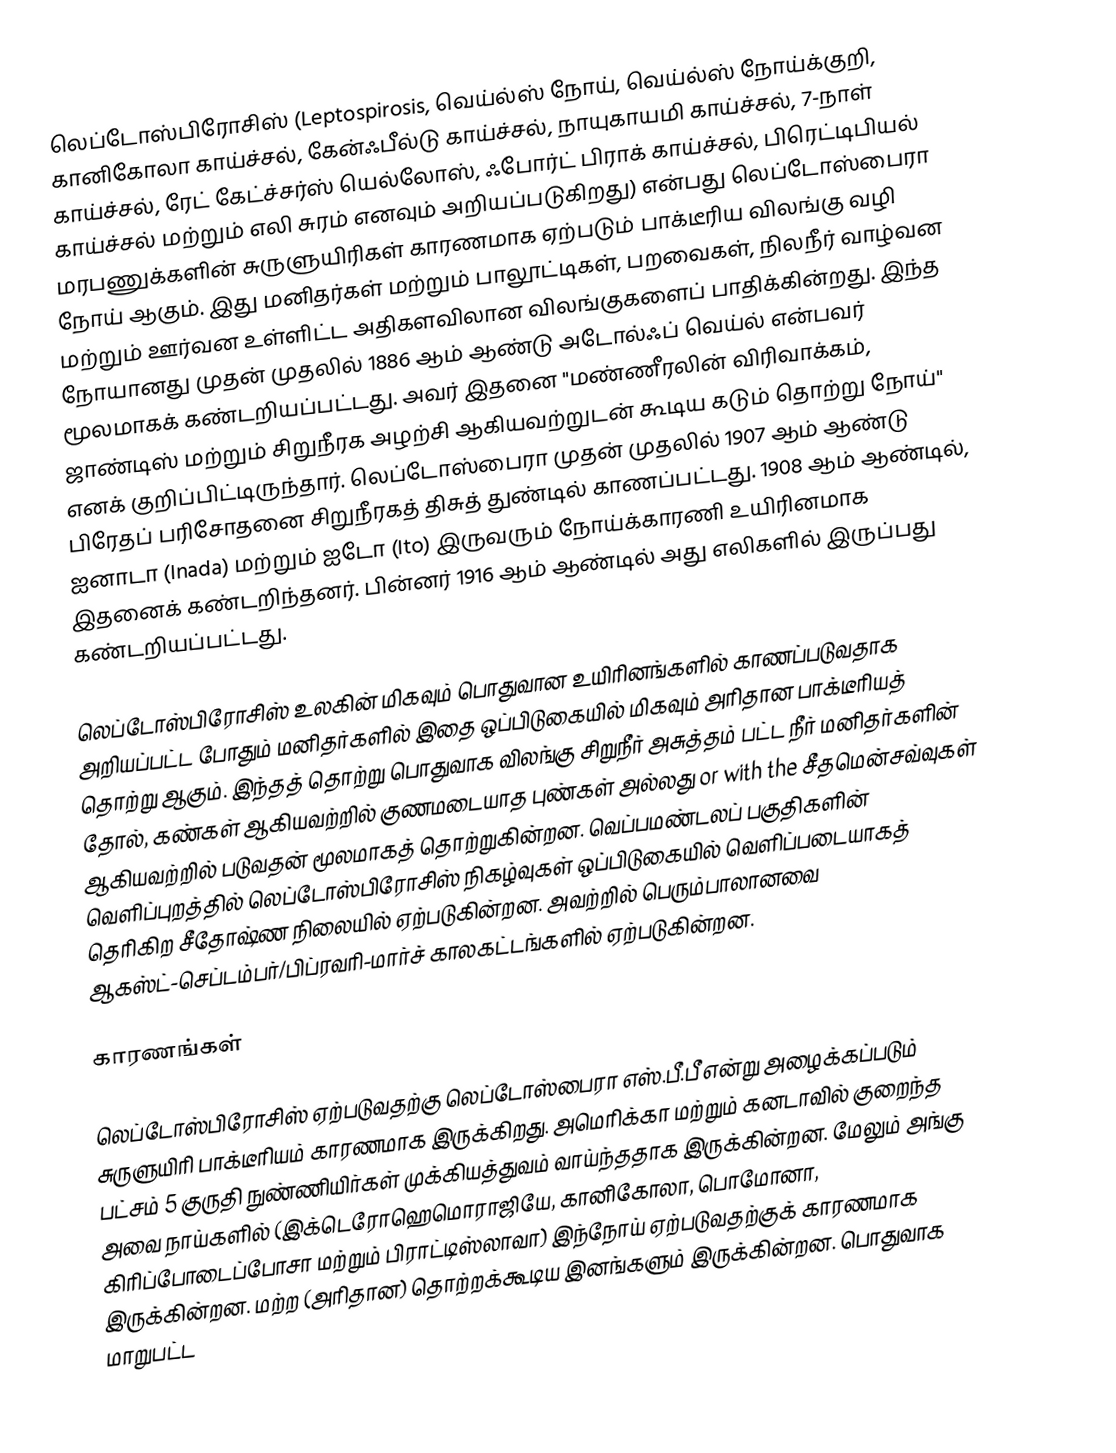
லெப்டோஸ்பிரோசிஸ் (Leptospirosis, வெய்ல்ஸ் நோய், வெய்ல்ஸ் நோய்க்குறி, கானிகோலா காய்ச்சல், கேன்ஃபீல்டு காய்ச்சல், நாயுகாயமி காய்ச்சல், 7-நாள் காய்ச்சல், ரேட் கேட்ச்சர்ஸ் யெல்லோஸ், ஃபோர்ட் பிராக் காய்ச்சல், பிரெட்டிபியல் காய்ச்சல் மற்றும் எலி சுரம்  எனவும் அறியப்படுகிறது) என்பது லெப்டோஸ்பைரா மரபணுக்களின் சுருளுயிரிகள் காரணமாக ஏற்படும் பாக்டீரிய விலங்கு வழி நோய் ஆகும். இது மனிதர்கள் மற்றும் பாலூட்டிகள், பறவைகள், நிலநீர் வாழ்வன மற்றும் ஊர்வன உள்ளிட்ட அதிகளவிலான விலங்குகளைப் பாதிக்கின்றது. இந்த நோயானது முதன் முதலில் 1886 ஆம் ஆண்டு அடோல்ஃப் வெய்ல் என்பவர் மூலமாகக் கண்டறியப்பட்டது. அவர் இதனை "மண்ணீரலின் விரிவாக்கம், ஜாண்டிஸ் மற்றும் சிறுநீரக அழற்சி ஆகியவற்றுடன் கூடிய கடும் தொற்று நோய்" எனக் குறிப்பிட்டிருந்தார். லெப்டோஸ்பைரா முதன் முதலில் 1907 ஆம் ஆண்டு பிரேதப் பரிசோதனை சிறுநீரகத் திசுத் துண்டில் காணப்பட்டது. 1908 ஆம் ஆண்டில், ஐனாடா (Inada) மற்றும் ஐடோ (Ito) இருவரும் நோய்க்காரணி உயிரினமாக இதனைக் கண்டறிந்தனர். பின்னர் 1916 ஆம் ஆண்டில் அது எலிகளில் இருப்பது கண்டறியப்பட்டது.

லெப்டோஸ்பிரோசிஸ் உலகின் மிகவும் பொதுவான உயிரினங்களில் காணப்படுவதாக அறியப்பட்ட போதும் மனிதர்களில் இதை ஒப்பிடுகையில் மிகவும் அரிதான பாக்டீரியத் தொற்று ஆகும். இந்தத் தொற்று பொதுவாக விலங்கு சிறுநீர் அசுத்தம் பட்ட நீர் மனிதர்களின் தோல், கண்கள் ஆகியவற்றில் குணமடையாத புண்கள் அல்லது or with the சீதமென்சவ்வுகள் ஆகியவற்றில் படுவதன் மூலமாகத் தொற்றுகின்றன. வெப்பமண்டலப் பகுதிகளின் வெளிப்புறத்தில் லெப்டோஸ்பிரோசிஸ் நிகழ்வுகள் ஒப்பிடுகையில் வெளிப்படையாகத் தெரிகிற சீதோஷ்ண நிலையில் ஏற்படுகின்றன. அவற்றில் பெரும்பாலானவை ஆகஸ்ட்-செப்டம்பர்/பிப்ரவரி-மார்ச் காலகட்டங்களில் ஏற்படுகின்றன.

காரணங்கள்

லெப்டோஸ்பிரோசிஸ் ஏற்படுவதற்கு லெப்டோஸ்பைரா எஸ்.பீ.பீ என்று அழைக்கப்படும் சுருளுயிரி பாக்டீரியம் காரணமாக இருக்கிறது.  அமெரிக்கா மற்றும் கனடாவில் குறைந்த பட்சம் 5 குருதி நுண்ணியிர்கள் முக்கியத்துவம் வாய்ந்ததாக இருக்கின்றன. மேலும் அங்கு அவை நாய்களில் (இக்டெரோஹெமொராஜியே, கானிகோலா, பொமோனா, கிரிப்போடைப்போசா மற்றும் பிராட்டிஸ்லாவா) இந்நோய் ஏற்படுவதற்குக் காரணமாக இருக்கின்றன. மற்ற (அரிதான) தொற்றக்கூடிய இனங்களும் இருக்கின்றன. பொதுவாக மாறுபட்ட